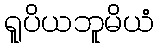
ရူပိယဘူမိယံ